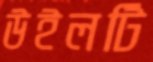
উইলটি